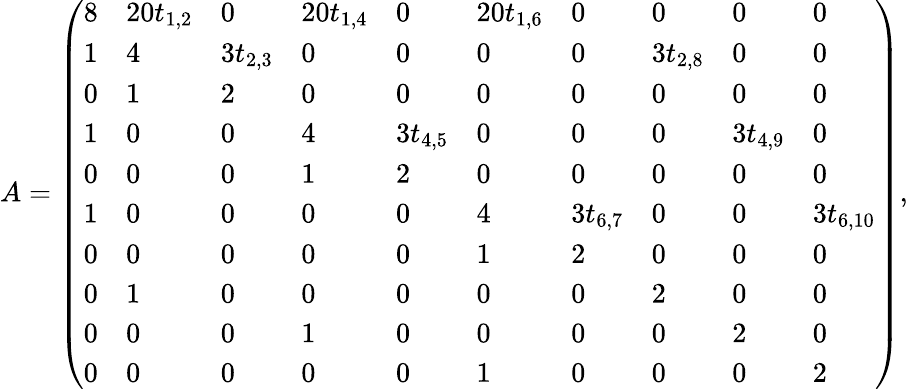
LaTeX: A=\left(\begin{array}{llllllllll}{8}&{20t_{1,2}}&{0}&{20t_{1,4}}&{0}&{20t_{1,6}}&{0}&{0}&{0}&{0}\\ {1}&{4}&{3t_{2,3}}&{0}&{0}&{0}&{0}&{3t_{2,8}}&{0}&{0}\\ {0}&{1}&{2}&{0}&{0}&{0}&{0}&{0}&{0}&{0}\\ {1}&{0}&{0}&{4}&{3t_{4,5}}&{0}&{0}&{0}&{3t_{4,9}}&{0}\\ {0}&{0}&{0}&{1}&{2}&{0}&{0}&{0}&{0}&{0}\\ {1}&{0}&{0}&{0}&{0}&{4}&{3t_{6,7}}&{0}&{0}&{3t_{6,10}}\\ {0}&{0}&{0}&{0}&{0}&{1}&{2}&{0}&{0}&{0}\\ {0}&{1}&{0}&{0}&{0}&{0}&{0}&{2}&{0}&{0}\\ {0}&{0}&{0}&{1}&{0}&{0}&{0}&{0}&{2}&{0}\\ {0}&{0}&{0}&{0}&{0}&{1}&{0}&{0}&{0}&{2}\end{array}\right),